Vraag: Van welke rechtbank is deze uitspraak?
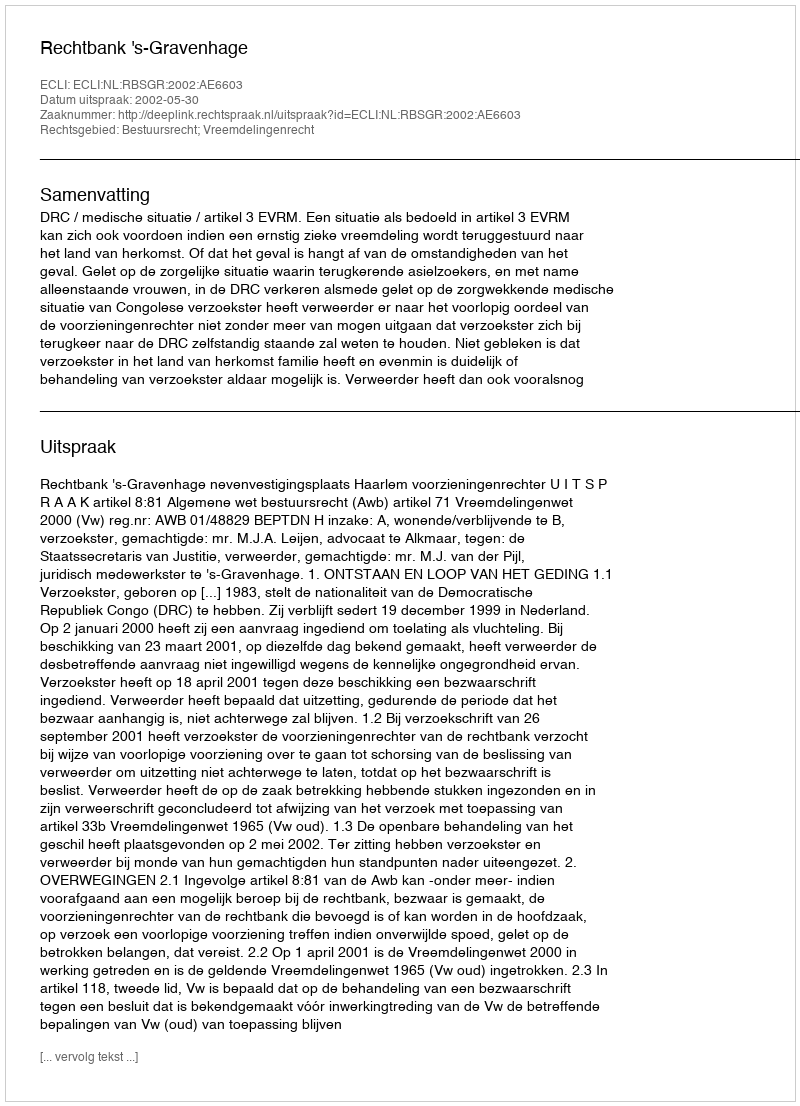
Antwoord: Rechtbank 's-Gravenhage